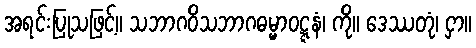
အရင်းပြုသဖြင့်။ သဘာဂဝိသဘာဂဓမ္မာဝဋ္ဋနံ၊ ကို။ ဒေဿတုံ၊ ငှာ။